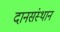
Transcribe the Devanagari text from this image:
दानसंस्थान